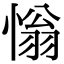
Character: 慃